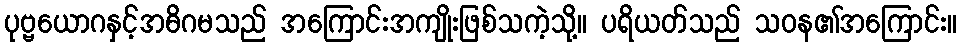
ပုဗ္ဗယောဂနှင့်အဓိဂမသည် အကြောင်းအကျိုးဖြစ်သကဲ့သို့။ ပရိယတ်သည် သဝန၏အကြောင်း။